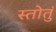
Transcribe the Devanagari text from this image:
स्तोतुं